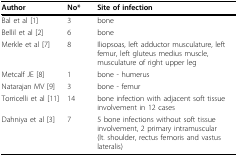
<table><thead><tr><td><b>Author</b></td><td><b>No*</b></td><td><b>Site of infection</b></td></tr></thead><tbody><tr><td>Bal et al [1]</td><td>3</td><td>bone</td></tr><tr><td>Bellil et al [2]</td><td>6</td><td>bone</td></tr><tr><td>Merkle et al [7]</td><td>8</td><td>Iliopsoas, left adductor musculature, left femur, left gluteus medius muscle, musculature of right upper leg</td></tr><tr><td>Metcalf JE [8]</td><td>1</td><td>bone - humerus</td></tr><tr><td>Natarajan MV [9]</td><td>3</td><td>bone - femur</td></tr><tr><td>Torricelli et al [11]</td><td>14</td><td>bone infection with adjacent soft tissue involvement in 12 cases</td></tr><tr><td>Dahniya et al [3]</td><td>7</td><td>5 bone infections without soft tissue involvement, 2 primary intramuscular (lt. shoulder, rectus femoris and vastus lateralis)</td></tr></tbody></table>